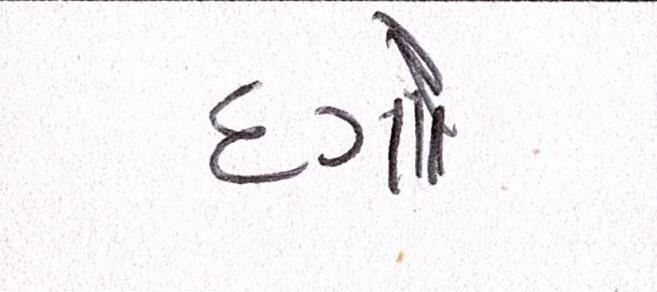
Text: દગો